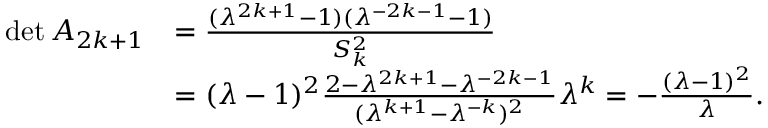
\begin{array} { r l } { \operatorname* { d e t } A _ { 2 k + 1 } } & { = \frac { ( \lambda ^ { 2 k + 1 } - 1 ) ( \lambda ^ { - 2 k - 1 } - 1 ) } { S _ { k } ^ { 2 } } } \\ & { = ( \lambda - 1 ) ^ { 2 } \frac { 2 - \lambda ^ { 2 k + 1 } - \lambda ^ { - 2 k - 1 } } { ( \lambda ^ { k + 1 } - \lambda ^ { - k } ) ^ { 2 } } \lambda ^ { k } = - \frac { ( \lambda - 1 ) ^ { 2 } } { \lambda } . } \end{array}